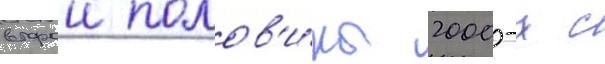
второи полов'и́ны 2000-х с